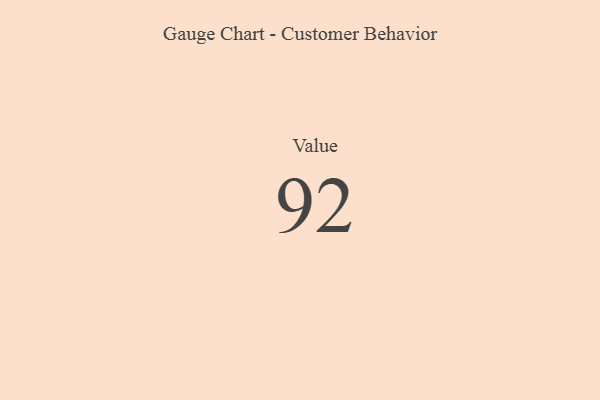
{"axis": {"x": "Metric", "y": "Value"}, "legend": [""], "data": [{"x": "Value", "y": 92, "type": ""}]}